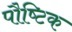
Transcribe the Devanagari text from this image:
पौष्‍िटक